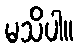
မသိပါ။